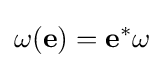
\omega ({\mathbf {e} })={\mathbf {e} }^{*}\omega